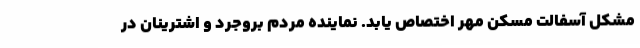
مشکل آسفالت مسکن مهر اختصاص یابد. نماینده مردم بروجرد و اشترینان در